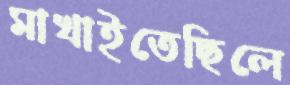
মাখাইতেছিলে